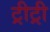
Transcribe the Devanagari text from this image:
ट्रीट्री